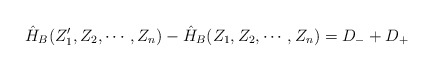
\begin{align*} \hat{H}_B(Z_1',Z_2,\cdots,Z_n)-\hat{H}_B(Z_1,Z_2,\cdots,Z_n) = D_- + D_+ \end{align*}